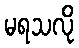
မရသလို